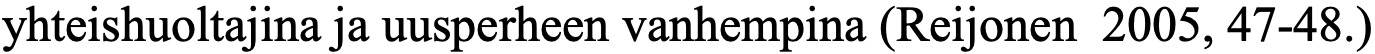
yhteishuoltajina ja uusperheen vanhempina (Reijonen 2005, 47-48.)